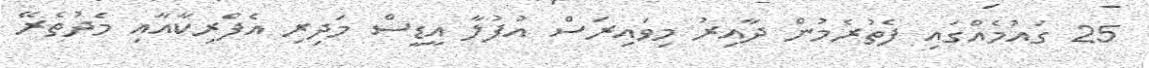
25 ގައުމެއްގައި ފެތުރެމުން ދާއިރު މިވައިރަސް އުފުލާ އީޑީސް މަދިރި އެފްރިކާއާއި މެދުތެރޭ